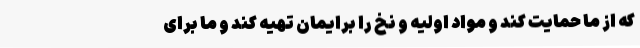
که از ما حمایت کند و مواد اولیه و نخ را برایمان تهیه کند و ما برای